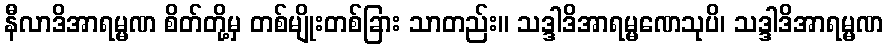
နီလာဒိအာရမ္မဏ စိတ်တို့မှ တစ်မျိုးတစ်ခြား သာတည်း။ သဒ္ဒါဒိအာရမ္မဏေသုပိ၊ သဒ္ဒါဒိအာရမ္မဏ